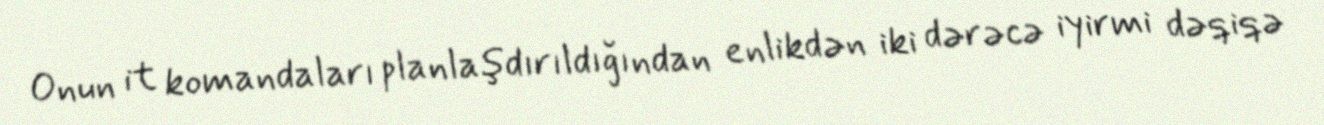
Onun it komandaları planlaşdırıldığından enlikdən iki dərəcə iyirmi dəqiqə